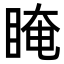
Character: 䁆